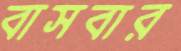
বাসবার